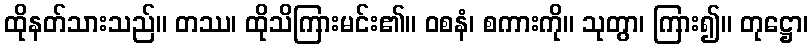
ထိုနတ်သားသည်။ တဿ၊ ထိုသိကြားမင်း၏။ ဝစနံ၊ စကားကို။ သုတွာ၊ ကြား၍။ တုဋ္ဌော၊